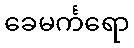
ခေမင်္ကရော